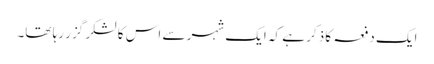
ایک دفعہ کا ذکر ہے کہ ایک شہر سے اس کا لشکر گزر رہا تھا۔